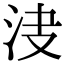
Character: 𣲺